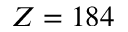
Z = 1 8 4